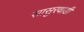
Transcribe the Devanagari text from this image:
सासुरवाडी